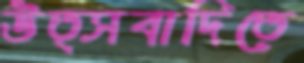
উত্সবাদিতে